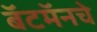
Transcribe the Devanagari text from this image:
बॅटमॅनचे